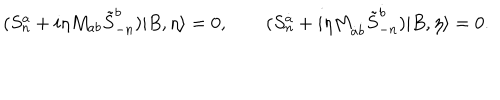
( S _ { n } ^ { a } + i \eta M _ { a b } \tilde { S } _ { - n } ^ { b } ) | B , \eta \rangle = 0 , \qquad ( S _ { n } ^ { \dot { a } } + i \eta M _ { \dot { a } \dot { b } } \tilde { S } _ { - n } ^ { \dot { b } } ) | B , \eta \rangle = 0 .